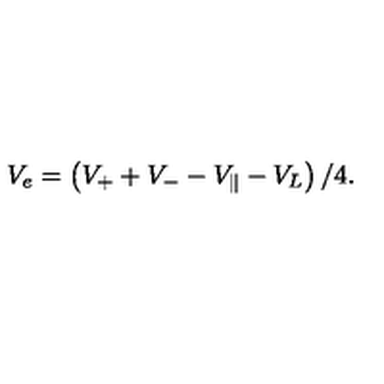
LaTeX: V _ { e } = \left( V _ { + } + V _ { - } - V _ { \| } - V _ { L } \right) / 4 .